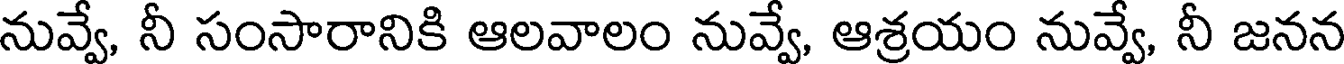
నువ్వే, నీ సంసారానికి ఆలవాలం నువ్వే, ఆశ్రయం నువ్వే, నీ జనన